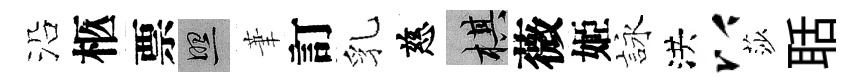
沿柩票照茟訂乳慈棋薇姬詠洪以莎聒